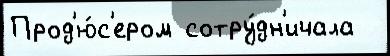
Прод'ю́с'ером сотру́дн'ичала